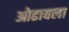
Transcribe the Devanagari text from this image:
ओढावला